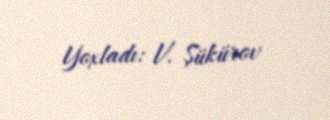
Yoxladı: V. Şükürov